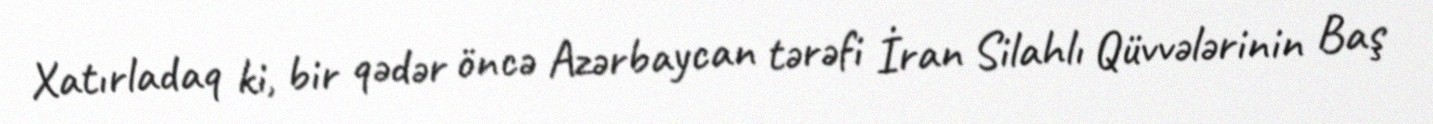
Xatırladaq ki, bir qədər öncə Azərbaycan tərəfi İran Silahlı Qüvvələrinin Baş